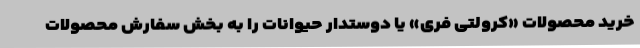
خرید محصولات «کرولتی فری» یا دوستدار حیوانات را به بخش سفارش محصولات